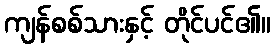
ကျန်စစ်သားနှင့် တိုင်ပင်၏။